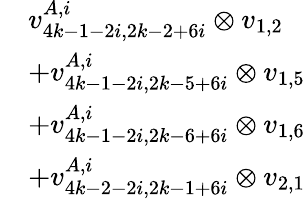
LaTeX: \begin{array}{rl}&{v_{4k-1-2i,2k-2+6i}^{A,i}\otimes v_{1,2}}\\ &{+v_{4k-1-2i,2k-5+6i}^{A,i}\otimes v_{1,5}}\\ &{+v_{4k-1-2i,2k-6+6i}^{A,i}\otimes v_{1,6}}\\ &{+v_{4k-2-2i,2k-1+6i}^{A,i}\otimes v_{2,1}}\end{array}